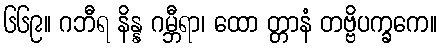
၆၆၉။ ဂဘီရ နိန္န ဂမ္ဘီရာ၊ ထော တ္တာနံ တဗ္ဗိပက္ခကေ။